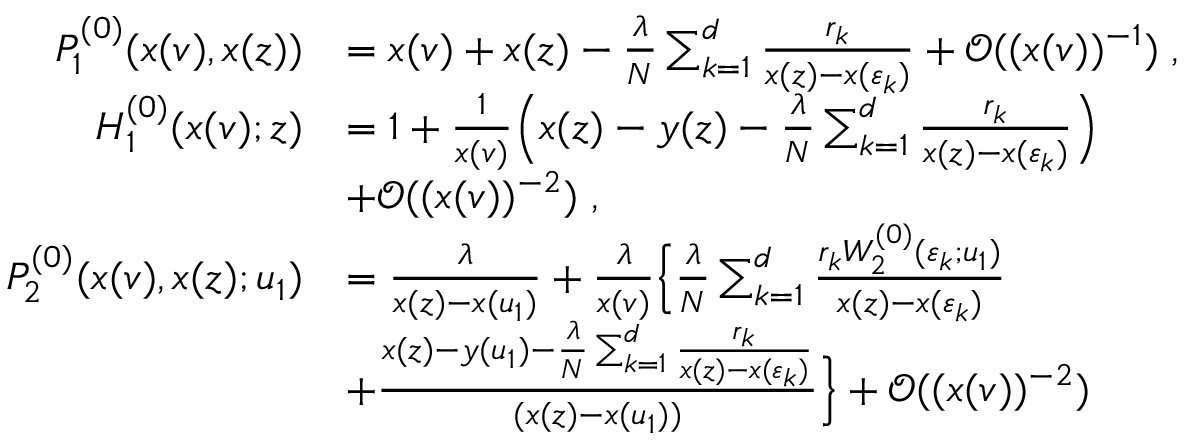
\begin{array} { r l } { P _ { 1 } ^ { ( 0 ) } ( x ( v ) , x ( z ) ) } & { = x ( v ) + x ( z ) - \frac { \lambda } { N } \sum _ { k = 1 } ^ { d } \frac { r _ { k } } { x ( z ) - x ( \varepsilon _ { k } ) } + \mathcal { O } ( ( x ( v ) ) ^ { - 1 } ) \; , } \\ { H _ { 1 } ^ { ( 0 ) } ( x ( v ) ; z ) } & { = 1 + \frac { 1 } { x ( v ) } \Big ( x ( z ) - y ( z ) - \frac { \lambda } { N } \sum _ { k = 1 } ^ { d } \frac { r _ { k } } { x ( z ) - x ( \varepsilon _ { k } ) } \Big ) } \\ & { + \mathcal { O } ( ( x ( v ) ) ^ { - 2 } ) \; , } \\ { P _ { 2 } ^ { ( 0 ) } ( x ( v ) , x ( z ) ; u _ { 1 } ) } & { = \frac { \lambda } { x ( z ) - x ( u _ { 1 } ) } + \frac { \lambda } { x ( v ) } \Big \{ \frac { \lambda } { N } \sum _ { k = 1 } ^ { d } \frac { r _ { k } W _ { 2 } ^ { ( 0 ) } ( \varepsilon _ { k } ; u _ { 1 } ) } { x ( z ) - x ( \varepsilon _ { k } ) } } \\ & { + \frac { x ( z ) - y ( u _ { 1 } ) - \frac { \lambda } { N } \sum _ { k = 1 } ^ { d } \frac { r _ { k } } { x ( z ) - x ( \varepsilon _ { k } ) } } { ( x ( z ) - x ( u _ { 1 } ) ) } \Big \} + \mathcal { O } ( ( x ( v ) ) ^ { - 2 } ) } \end{array}